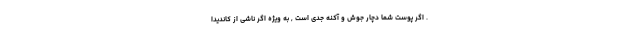
. اگر پوست شما دچار جوش و آکنه جدی است , به ویژه اگر ناشی از کاندیدا